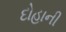
દોહાની